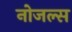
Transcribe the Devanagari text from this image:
नोजल्स